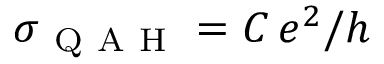
\sigma _ { \mathrm { ~ Q ~ A ~ H ~ } } = C \, e ^ { 2 } / h